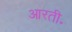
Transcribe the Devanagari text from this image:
आरती॰